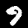
Label: 9